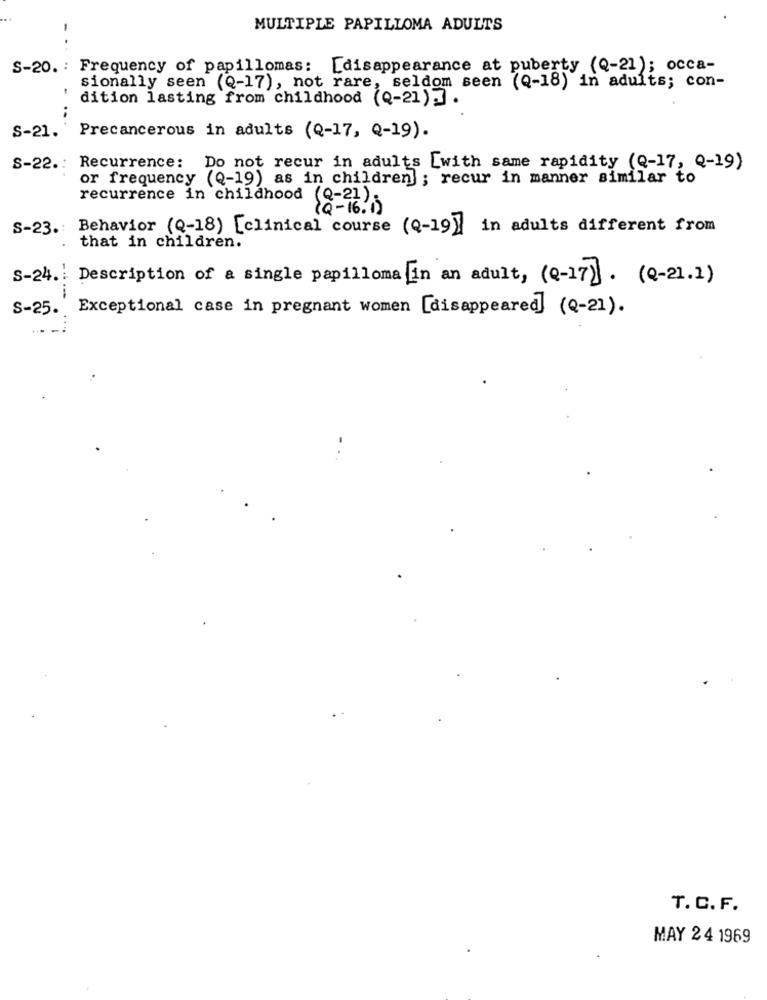
MULTIPLE PAPILLOMA ADULTS
- .
S-20. : Frequency of papillomas: [disappearance at puberty (Q-21); occa-
sionally seen (Q-17), not rare, seldom seen (Q-18) in adults; con-
dition lasting from childhood (Q-21)] .
S-21.
Precancerous in adults (Q-17, Q-19).
S-22 .: Recurrence: Do not recur in adults [with same rapidity (Q-17, Q-19)
or frequency (Q-19) as in children] ; recur in manner similar to
recurrence in childhood (Q-21);
1Q-16. 1
S-23 .: Behavior (Q-18) [clinical course (Q-19]]
in adults different from
that in children.
S-24 .: Description of a single papilloma [in an adult, (Q-17] . (Q-21.1)
S-25.
Exceptional case in pregnant women [disappeared] (Q-21).
T. C. F.
MAY 2 4 1969